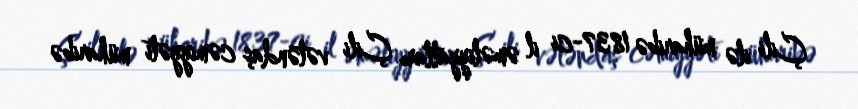
Çili ilə müharibə 1837-ci il əməliyyatları Çili vətəndaş cəmiyyəti müharibə